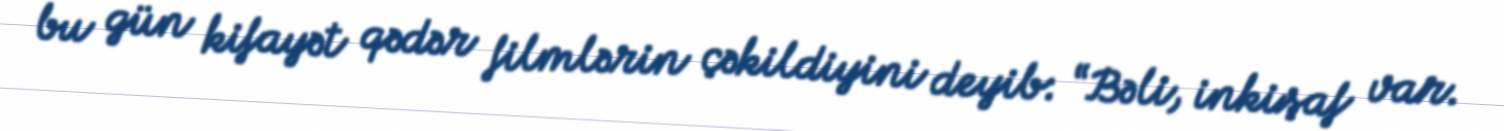
bu gün kifayət qədər filmlərin çəkildiyini deyib: “Bəli, inkişaf var.